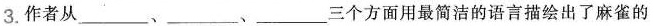
3.作者从___、___、___三个方面用最简洁的语言描绘出了麻雀的